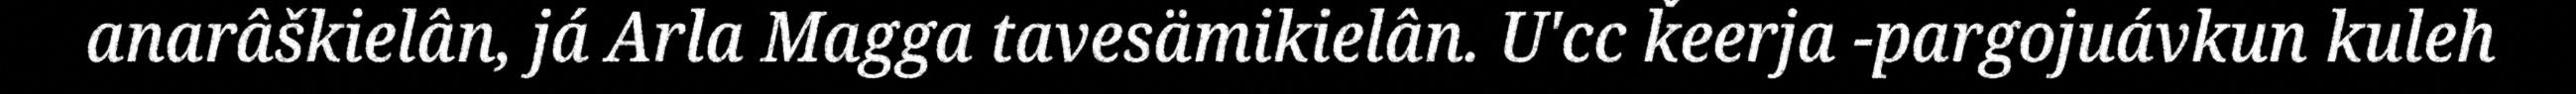
anarâškielân, já Arla Magga tavesämikielân. U'cc ǩeerja -pargojuávkun kuleh